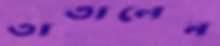
তাতালেন